Leaving Certificate Examination (including Day School Certificate (Higher) General paper), 1929
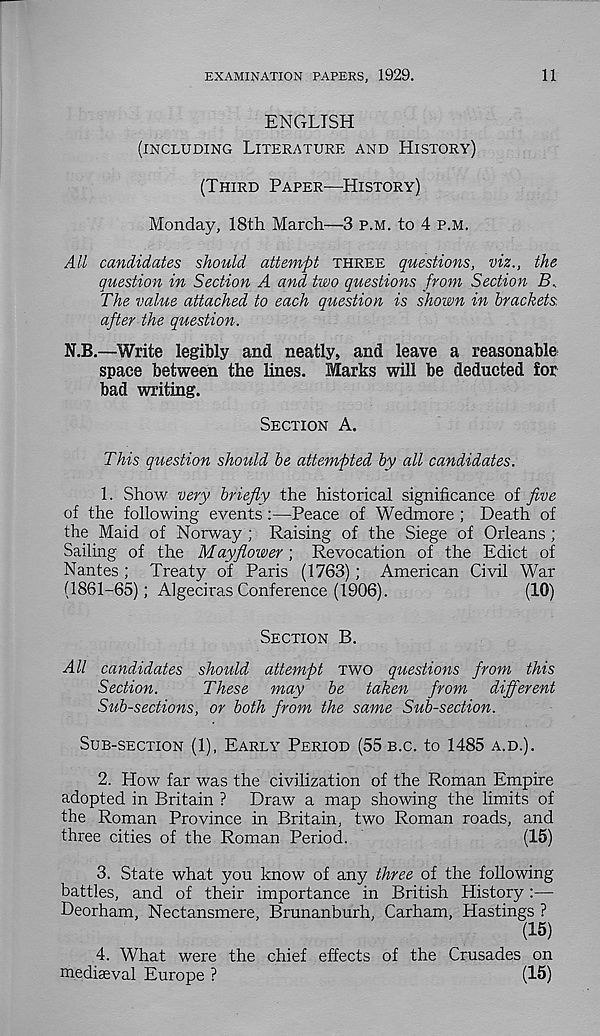
EXAMINATION PAPERS, 1929.
11
ENGLISH
(INCLUDING LITERATURE AND HISTORY)
(THIRD PAPER—HISTORY)
Monday, 18th March—3 P.M. to 4 P.M.
All candidates should attempt THREE questions, viz., the
question in Section A and two questions from Section B,
The value attached to each question is shown in brackets,
after the question.
N.B.—Write legibly and neatly, and leave a reasonable
space between the lines. Marks will be deducted for
bad writing.
SECTION A.
This question should be attempted by all candidates.
1. Show very briefly the historical significance of five
of the following events:—Peace of Wedmore ; Death of
the Maid of Norway ; Raising of the Siege of Orleans;
Sailing of the Mayflower; Revocation of the Edict of
Nantes ; Treaty of Paris (1763); American Civil War
(1861-65); Algeciras Conference (1906).
(10)
SECTION B.
All candidates should attempt TWO questions from this
Section.
These may be taken from different
Sub-sections, or both from the same Sub-section.
SUB-SECTION (1), EARLY PERIOD (55 B.C. to 1485 A.D.).
2. How far was the civilization of the Roman Empire
adopted in Britain ? Draw a map showing the limits of
the Roman Province in Britain, two Roman roads, and
three cities of the Roman Period.
(15)
3. State what you know of any three of the following
battles, and of their importance in British History :—
Deorham, Nectansmere, Brunanburh, Carham, Hastings ?
(15)
4. What were the chief effects of the Crusades on
mediaeval Europe ?
(15)